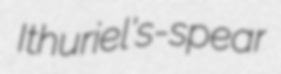
Ithuriel's-spear